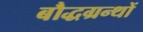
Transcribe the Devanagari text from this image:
बौद्धग्रन्थों